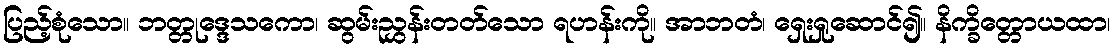
ပြည့်စုံသော။ ဘတ္တုဒ္ဒေသကော၊ ဆွမ်းညွှန်းတတ်သော ရဟန်းကို။ အာဘတံ၊ ရှေးရှုဆောင်၍။ နိက္ခိတ္တောယထာ၊